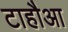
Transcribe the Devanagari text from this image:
टाहौआ